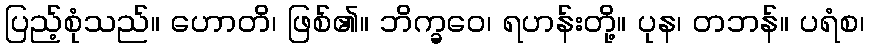
ပြည့်စုံသည်။ ဟောတိ၊ ဖြစ်၏။ ဘိက္ခဝေ၊ ရဟန်းတို့။ ပုန၊ တဘန်။ ပရံစ၊